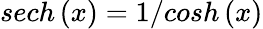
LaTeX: sech\left(x\right)=1/cosh\left(x\right)